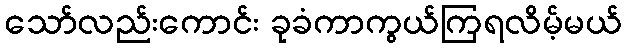
သော်လည်းကောင်း ခုခံကာကွယ်ကြရလိမ့်မယ်